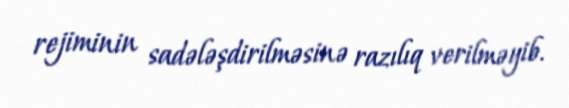
rejiminin sadələşdirilməsinə razılıq verilməyib.